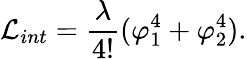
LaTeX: {\cal L}_{int}=\frac{\lambda}{4!}(\varphi_{1}^{4}+\varphi_{2}^{4}).